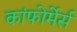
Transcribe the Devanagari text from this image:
कांफोर्मेर्स